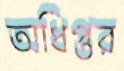
অধিপ্তর